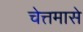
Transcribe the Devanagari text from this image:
चेत्तमासे